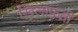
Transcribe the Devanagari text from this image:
खिलाफती